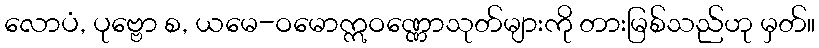
လောပံ, ပုဗ္ဗော စ, ယမေ-ဝမောဣဝဏ္ဏောသုတ်များကို တားမြစ်သည်ဟု မှတ်။